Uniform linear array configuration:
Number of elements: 8
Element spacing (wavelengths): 0.5
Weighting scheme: kaiser
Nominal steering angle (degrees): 15
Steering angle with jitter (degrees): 14.885
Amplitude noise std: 0.05
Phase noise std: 0.05

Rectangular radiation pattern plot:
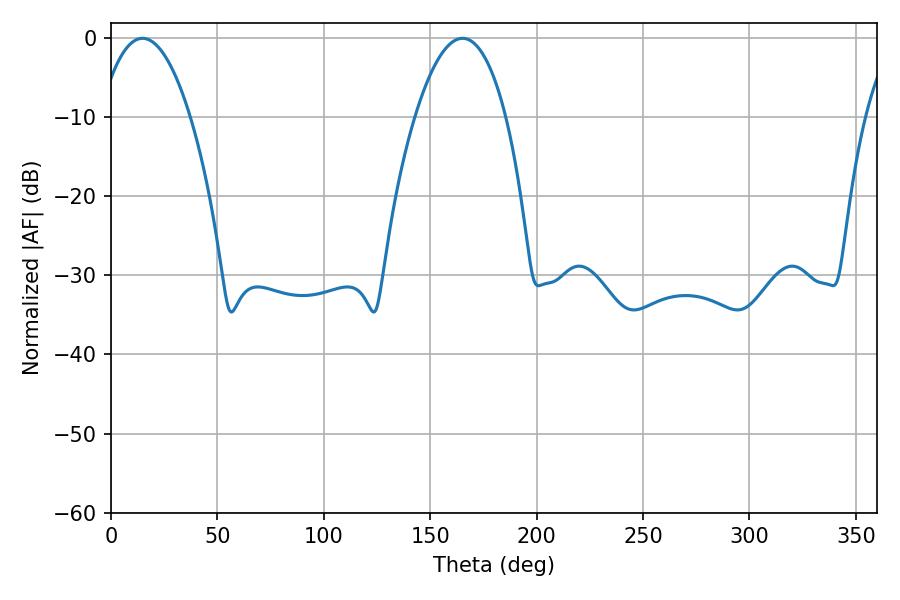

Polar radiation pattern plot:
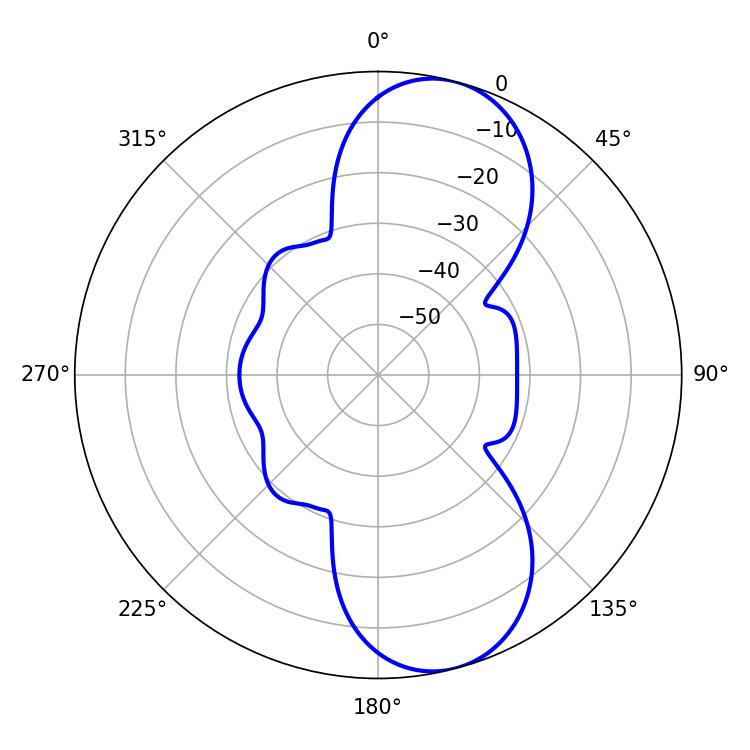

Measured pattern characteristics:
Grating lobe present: FALSE
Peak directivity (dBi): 9.381
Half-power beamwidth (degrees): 23.76
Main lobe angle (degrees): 14.76